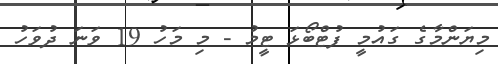
މިޔަންމާގެ ގައުމީ ފުޓްބޯޅަ ޓީމު - މި މަހު 19 ވަނަ ދުވަހު